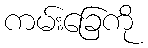
ကမ်းခြေကို